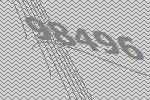
98496